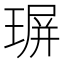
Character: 𤧅